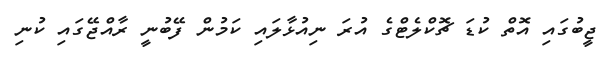
ޖީބުގައި އޮތް ކުޑަ ޗޮކްލެޓްގެ އުރަ ނިއުޅާލައި ކަމުން ފޭބުނީ ރާއްޖޭގައި ކުނި